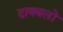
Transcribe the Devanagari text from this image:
दाबबलों